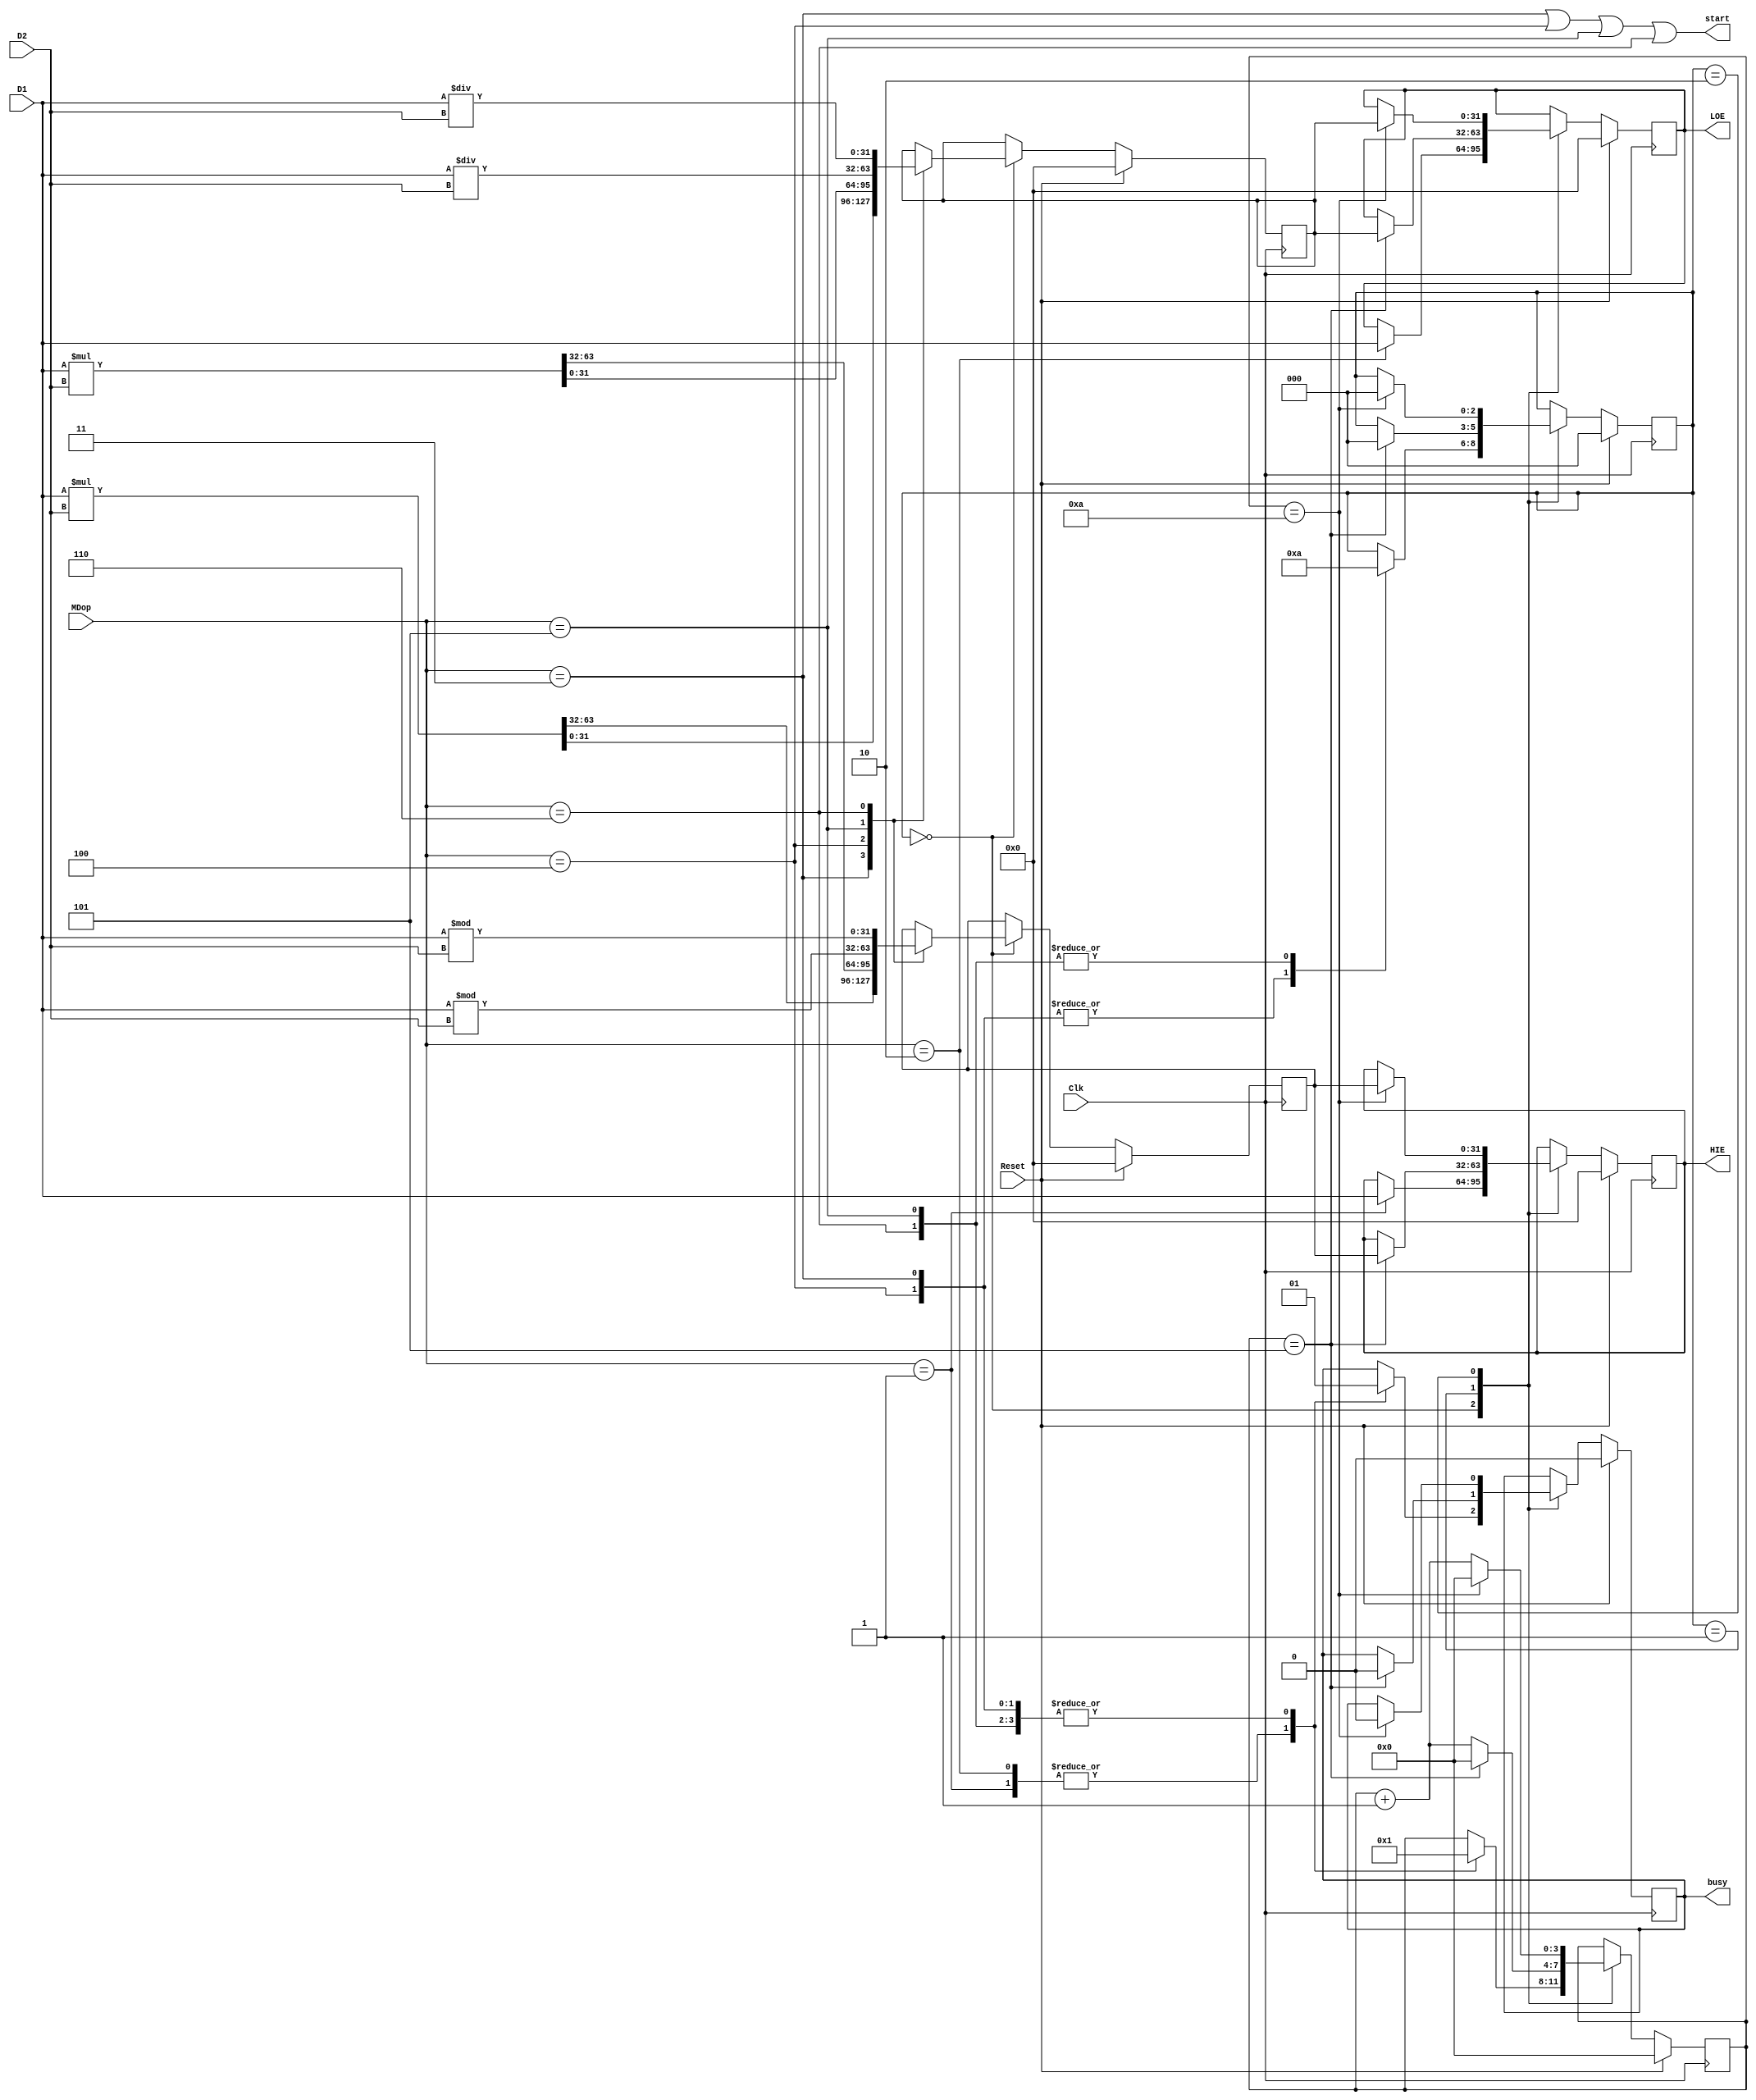
`timescale 1ns / 1ps
//////////////////////////////////////////////////////////////////////////////////
// Company: 
// Engineer: 
// 
// Design Name: 
// Module Name:    MD_Unit 
// Project Name: 
// Target Devices: 
// Tool versions: 
// Description: 
//
// Dependencies: 
//
// Revision: 
// Revision 0.01 - File Created
// Additional Comments: 
//
//////////////////////////////////////////////////////////////////////////////////
module MD_Unit(
    input Clk,
	 input Reset,
    input [31:0] D1,
    input [31:0] D2,
    input [2:0] MDop,
	 output start,
	 output reg busy,
    output [31:0] HIE,
    output [31:0] LOE
    );
	 
	 reg [2:0] state;
	 reg [3:0] cnt;
	 reg [31:0] HI,LO;
    reg [31:0] VHI,VLO;
	 
	 parameter IDLE = 3'b000,MUL = 3'b001,DIV = 3'b010;
    parameter mthi = 3'b001,mtlo = 3'b010,
	           mult = 3'b011,multu = 3'b100,
				  div = 3'b101,divu = 3'b110;
				   
	 initial begin
	         HI  <= 32'b0;
				LO  <= 32'b0;
				VHI <= 32'b0;
				VLO <= 32'b0;
				state <= IDLE;
				busy  <= 1'b0;
				cnt <= 4'b0;
	 end
	 
	 always@(posedge Clk) begin
	     if(Reset) begin
		      HI  <= 32'b0;
				LO  <= 32'b0;
				VHI <= 32'b0;
				VLO <= 32'b0;
				state <= IDLE;
				busy  <= 1'b0;
				cnt <= 4'b0;
		  end
		  else begin
		      case(state)
				    IDLE : begin
					     case(MDop)
						      mthi : begin
								    HI <= D1;
									 busy  <= 1'b0;
									 cnt   <= 4'b0;
								end
								mtlo : begin
								    LO <= D1;
									 busy  <= 1'b0;
									 cnt   <= 4'b0;
								end
								mult : begin  //mult
								    state <= MUL;
									 busy <= 1'b1;
									 cnt  <= 4'b1;
									 {VHI,VLO} <= $signed(D1) * $signed(D2);
								end
								multu : begin
								    state <= MUL;
									 busy <= 1'b1;
									 cnt  <= 4'b1;
									 {VHI,VLO} <= D1 * D2;
								end
								div : begin
								    state <= DIV;
									 busy <= 1'b1;
									 cnt  <= 4'b1;
									 VHI   <= $signed(D1) % $signed(D2);
									 VLO   <= $signed(D1) / $signed(D2);
								end
								divu : begin
								    state <= DIV;
									 busy <= 1'b1;
									 cnt  <= 4'b1;
									 VHI   <= D1 % D2;
									 VLO   <= D1 / D2;
								end
						  endcase
					 end
					 MUL : begin
					     if(cnt==5) begin
								HI <= VHI;
								LO <= VLO;
								cnt <= 4'b0;
								busy <= 1'b0;
								state <= IDLE;
						  end
						  else begin
						      cnt <= cnt + 4'b1;
						  end
					 end
					 DIV : begin
					     if(cnt==10) begin
						      HI <= VHI;
								LO <= VLO;
								cnt <= 4'b0;
								busy <= 1'b0;
								state <= IDLE;
						  end
						  else begin
						      cnt <= cnt + 4'b1;
						  end
					 end
				endcase
		  end
	 end
	 
	 assign start = (MDop==3'b011) || (MDop==3'b100) || (MDop==3'b101) || (MDop==3'b110);
	 
	 assign HIE = HI;
	 assign LOE = LO;
    			 
     	  
endmodule